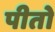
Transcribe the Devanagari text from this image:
पीतो